system: You are a helpful assistant.
user:
Analyze the provided spectrum to determine if it is a **Carbon Star (C-type)**.

- **Key Visual Indicators of Carbon Star:**
    - **(Primary):** Strong molecular absorption from **C₂ (diatomic carbon) "Swan Bands."** This is the **defining feature** of a carbon star.
        - **(Key Bandheads):** Sharp absorption edges are visible at approximately $5635$ Å, $5165$ Å (the strongest band), and $4737$ Å.
        - **(Line Profile):** Creates a distinct **"saw-tooth"** pattern. The key morphology is a sharp, steep bandhead on the **red (long-wavelength) side**, which then gradually tapers off (i.e., flux recovers) towards the **blue (short-wavelength) side**. *(This is the direct opposite of the TiO bands seen in M-type stars)*.

    - **(Secondary):** Intense **CN (cyanogen)** molecular absorption bands.
        - **(Key Bandheads):** Located in the blue and violet regions of the spectrum (e.g., near $4215$ Å and $3883$ Å).
        - **(Morphology):** These bands are extremely broad and act as a "blanket," absorbing the vast majority of blue and violet light. This creates a characteristic **"cliff"** or **"steep drop-off"** in the spectrum's flux at short wavelengths.

    - **(Key Confirmation):** Strong **CH absorption band (G-band)**.
        - **(Key Bandhead):** Located around $4300$ Å. The contribution from CH molecules to this band is exceptionally strong.

    - **(Overall Spectrum):**
        - The continuum is severely "chopped up" by these deep molecular bands, especially C₂, rather than appearing as a smooth curve.
        - Due to the heavy CN and C₂ absorption in the blue-green, the vast majority of the star's flux is concentrated in the red part of the spectrum, giving the star its characteristic deep red color.

Think first, call **spectral_visualization_tool** if needed to examine features in detail, then provide your final answer. Your response must adhere to the following strict rules:
1.  **Overall Structure:** Your response must follow the format `<think>...</think> <tool_call>...</tool_call> (if a tool is used) <answer>...</answer>`.
2.  **Tool Usage Constraint:** You may only make **one** tool call per turn.
3.  **Final Answer Format:** In the `<answer>` tag, your conclusion must be inside a `\boxed{}` command (e.g., `\boxed{YES}`), followed by your justification.

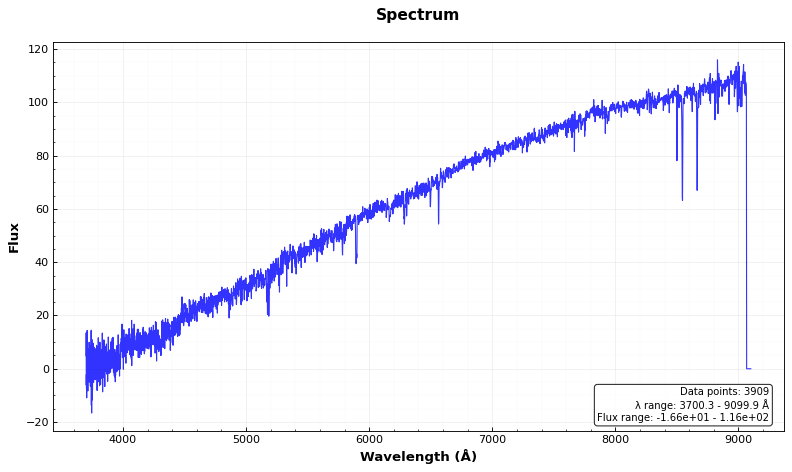
Answer: NO